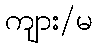
ကျား/မ